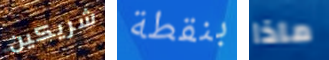
شريكين بنقطة ماذا